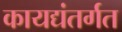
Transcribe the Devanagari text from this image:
कायद्यंतर्गत